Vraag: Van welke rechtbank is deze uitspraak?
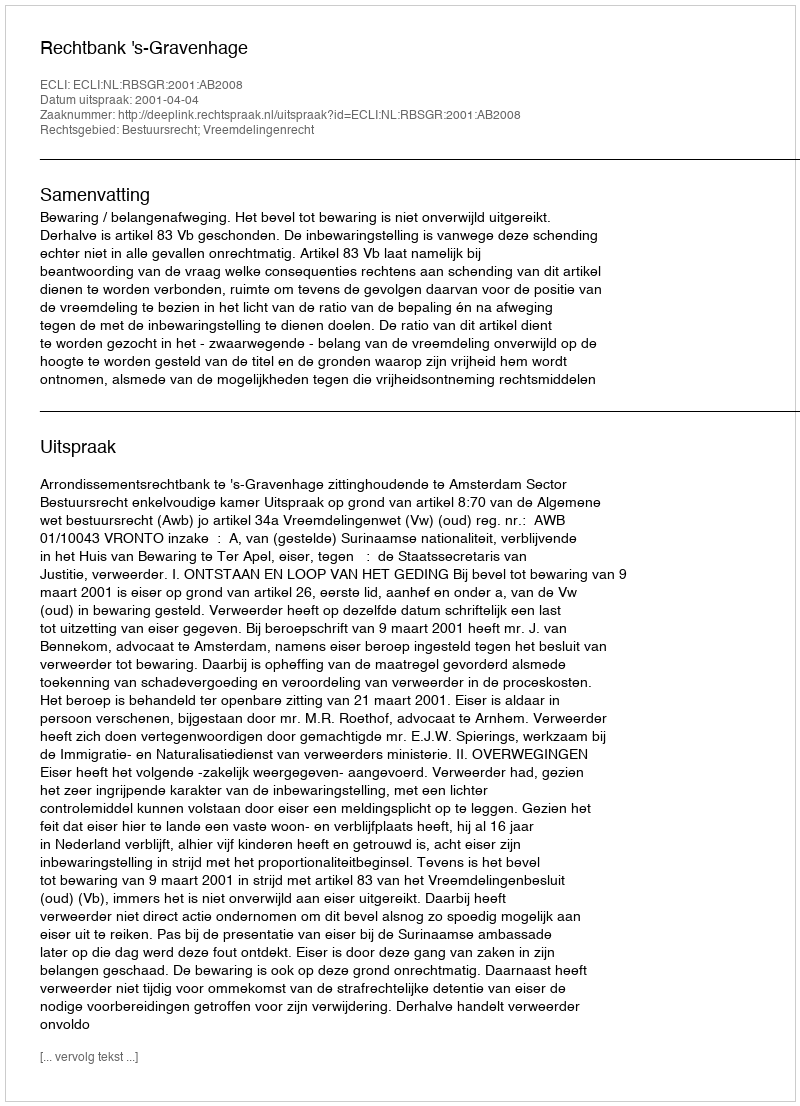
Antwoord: Rechtbank 's-Gravenhage